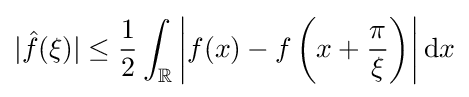
|{\hat {f}}(\xi )|\leq {\frac {1}{2}}\int _{\mathbb {R} }\left|f(x)-f\left(x+{\frac {\pi }{\xi }}\right)\right|\mathrm {d} x